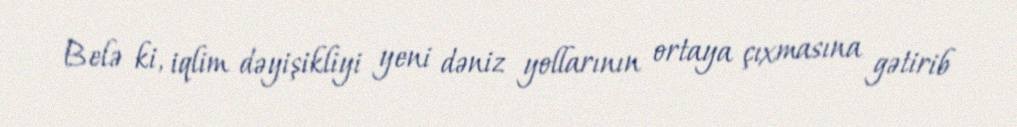
Belə ki, iqlim dəyişikliyi yeni dəniz yollarının ortaya çıxmasına gətirib